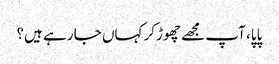
پاپا، آپ مجھے چھوڑکر کہاں جا رہے ہیں؟